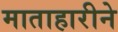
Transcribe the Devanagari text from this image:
माताहारीने